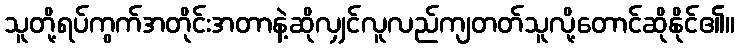
သူတို့ရပ်ကွက်အတိုင်းအတာနဲ့ဆိုလျှင်လူလည်ကျတတ်သူလို့တောင်ဆိုနိုင်၏။